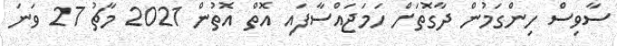
ސާވިސް ހިންގަމުން ދާގޮތަށް ހަމަޖައްސާފައި އޮތް އޮތުން 2021 މާޗު 27 ވަނަ